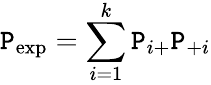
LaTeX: \mathtt{P}_{\exp}=\sum_{i=1}^{k}\mathtt{P}_{i+}\mathtt{P}_{+i}